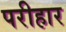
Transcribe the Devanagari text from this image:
परीहार